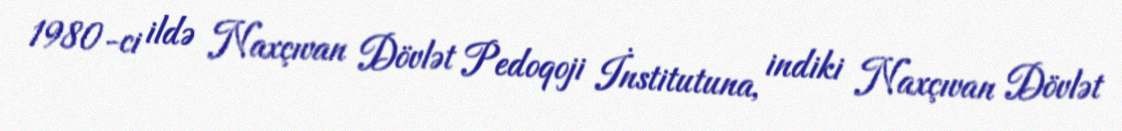
1980-ci ildə Naxçıvan Dövlət Pedoqoji İnstitutuna, indiki Naxçıvan Dövlət